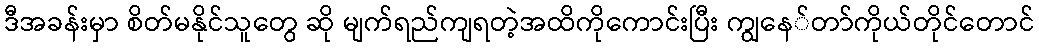
ဒီအခန်းမှာ စိတ်မနိုင်သူတွေ ဆို မျက်ရည်ကျရတဲ့အထိကိုကောင်းပြီး ကျွနေ်တာ်ကိုယ်တိုင်တောင်